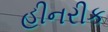
હીનરીક